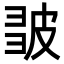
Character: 𭽪